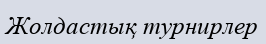
Жолдастық турнирлер